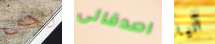
نحن اصدقائى آنيا